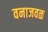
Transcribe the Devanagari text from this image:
वनाजवळ